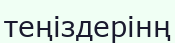
теңіздерінң